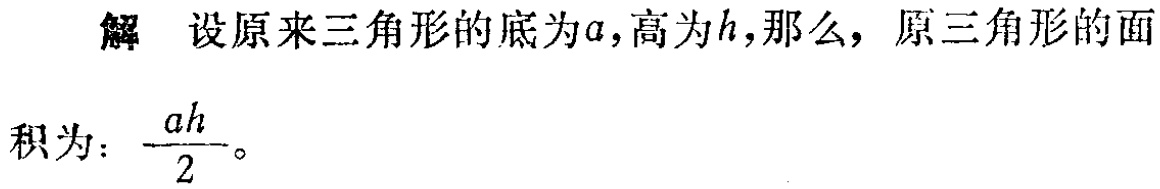
解 设原来三角形的底为\(a\)，高为\(h\)，那么，原三角形的面
积为：\(\frac{ah}{2}\)。